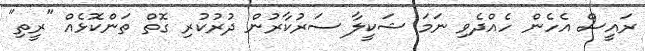
ރައީސް އެހެން ހެއްދެވި ނަމަ ޝަކީލާ ސަރުކާރުން ދުރުކުރި ގޮތް ތަންކޮޅެއް "ރީތި"